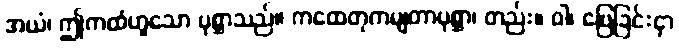
အယံ၊ ဤကထံဟူသော ပုစ္ဆာသည်။ ကထေတုကမျတာပုစ္ဆာ၊ တည်း။ ဝါ၊ ဖြေခြင်းငှာ